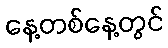
နေ့တစ်နေ့တွင်